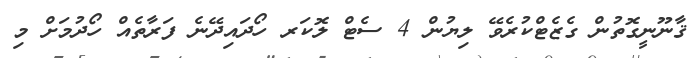
ޤާނޫނީގޮތުން ގެޒެޓްކުރެވޭ ލިޔުން 4 ސެޓް ލޮކަރ ހޯދައިދޭނެ ފަރާތެއް ހޯދުމަށް މި